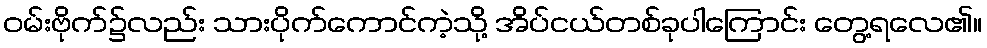
ဝမ်းဗိုက်၌လည်း သားပိုက်ကောင်ကဲ့သို့ အိပ်ငယ်တစ်ခုပါကြောင်း တွေ့ရလေ၏။